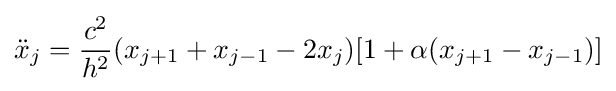
{\ddot {x}}_{j}={\frac {c^{2}}{h^{2}}}(x_{j+1}+x_{j-1}-2x_{j})[1+\alpha (x_{j+1}-x_{j-1})]